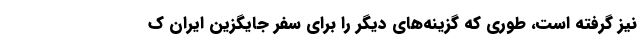
نیز گرفته است، طوری که گزینه‌های دیگر را برای سفر جایگزین ایران ک